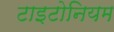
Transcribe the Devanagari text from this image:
टाइटोनियम